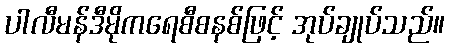
ပါလီမန်ဒီမိုကရေစီစနစ်ဖြင့် အုပ်ချုပ်သည်။